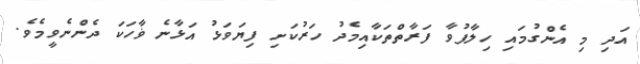
އަދި މި އެންގުމައި ހިލާފުވާ ފަރާތްތަކާއިމެދު ހަރުކަށި ފިޔަވަޅު އަޅާނެ ޥާހަކަ ދެންނެވީމެވެ.